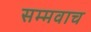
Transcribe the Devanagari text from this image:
सम्मवाच